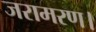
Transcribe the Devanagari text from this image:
जरामरण।